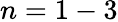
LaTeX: n=1-3